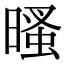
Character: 𣉔